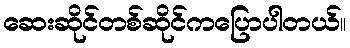
ဆေးဆိုင်တစ်ဆိုင်ကပြောပါတယ်။